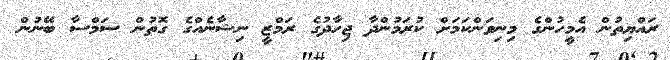
ރައްޔިތުން އެމީހުންގެ މިނިވަންކަމަށް ކުރަމުންދާ ޖިހާދުގެ ރަމްޒީ ނިޝާނެއްގެ ގޮތުން ސަމްސާ ބޭނުން